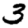
Digit: 3